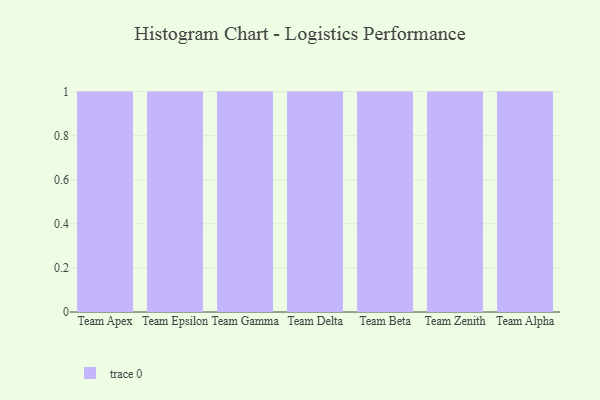
{"axis": {"x": "Team", "y": "Page Views"}, "legend": [""], "data": [{"x": "Team Apex", "y": 4, "type": ""}, {"x": "Team Epsilon", "y": 40, "type": ""}, {"x": "Team Gamma", "y": 59, "type": ""}, {"x": "Team Delta", "y": 67, "type": ""}, {"x": "Team Beta", "y": 29, "type": ""}, {"x": "Team Zenith", "y": 9, "type": ""}, {"x": "Team Alpha", "y": 15, "type": ""}]}